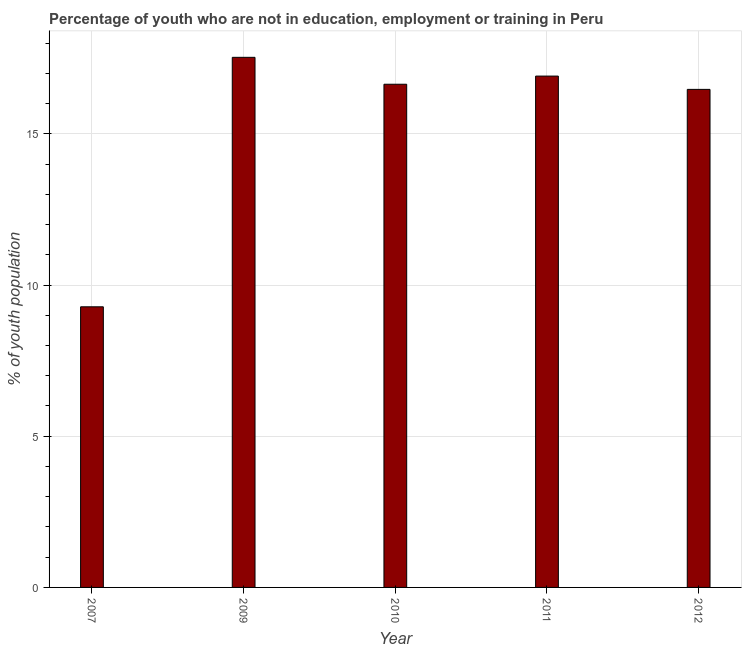
| Year | Unemployed youth |
 | --- | --- |
 | 2007 | 9.28 |
 | 2009 | 17.5 |
 | 2010 | 16.6 |
 | 2011 | 16.9 |
 | 2012 | 16.5 |